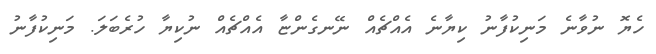
ހެޔޮ ނުވާނެ މަނިކުފާނު ކިޔާނެ އެއްޗެއް ނޭނގެންޏާ އެއްޗެއް ނުކިޔާ ހުރެބަލަ. މަނިކުފާނު